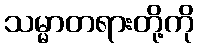
သမ္မာတရားတို့ကို